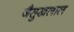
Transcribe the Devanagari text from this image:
जैसुखलाल